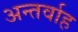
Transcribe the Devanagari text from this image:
अन्‍तर्वाह